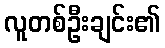
လူတစ်ဦးချင်း၏